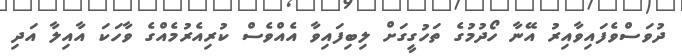
ދުވަސްވެފައިވާއިރު އޭނާ ހޯދުމުގެ ތަހުގީގަށް ލިބިފައިވާ އެއްވެސް ކުރިއެރުމެއްގެ ވާހަކަ އާއިލާ އަދި